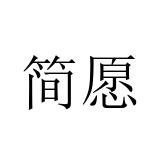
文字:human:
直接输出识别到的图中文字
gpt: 简愿